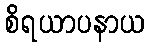
စိရယာပနာယ